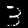
Label: 3